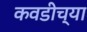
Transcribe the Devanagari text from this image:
कवडीच्या